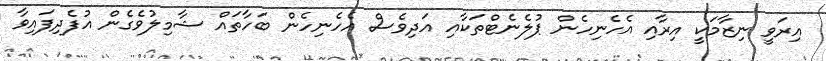
އިރަވީ ނިޒާމަކީ އިރާއި އެހެނިހެން ޕުލެނެޓްތަކާއި އަދިވެސް އެހެނިހެން ބަހާތައް ޝާމިލުވެގެން އުފެދިފައިވާ